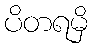
ပိတရမှိ